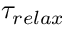
\tau _ { r e l a x }